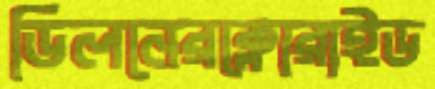
ডিলনেরক্লোরাইড